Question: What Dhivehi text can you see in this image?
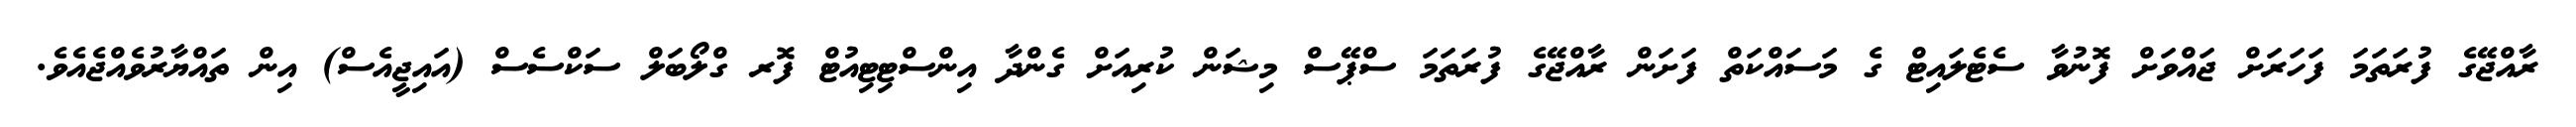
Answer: ރާއްޖޭގެ ފުރަތަމަ ފަހަރަށް ޖައްވަށް ފޮނުވާ ސެޓެލައިޓް ގެ މަސައްކަތް ފަށަން ރާއްޖޭގެ ފުރަތަމަ ސްޕޭސް މިޝަން ކުރިއަށް ގެންދާ އިންސްޓިޓިއުޓް ފޮރ ގްލޯބަލް ސަކްސެސް (އައިޖީއެސް) އިން ތައްޔާރުވެއްޖެއެވެ.